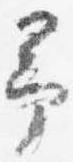
予